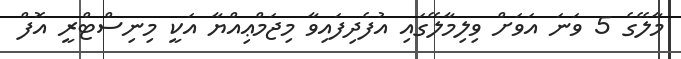
މާލޭގެ 5 ވަނަ އަވަށް ވިލިމާލޭގައި އުފެދިފައިވާ މިޖަމްޢިއްޔާ އަކީ މިނިސްޓްރީ އޮފް